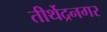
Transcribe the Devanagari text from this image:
तीर्थेद्रनगर